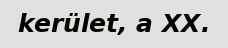
kerület, a XX.